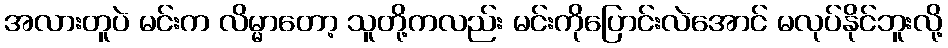
အလားတူပဲ မင်းက လိမ္မာတော့ သူတို့ကလည်း မင်းကိုပြောင်းလဲအောင် မလုပ်နိုင်ဘူးလို့